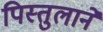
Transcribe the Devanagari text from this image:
पिस्तुलाने